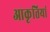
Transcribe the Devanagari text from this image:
आकृत्तियां